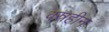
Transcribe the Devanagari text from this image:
वस्रहीन